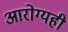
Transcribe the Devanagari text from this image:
आरोग्यही